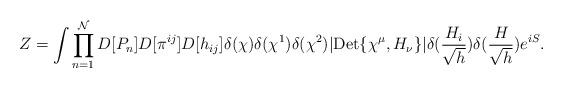
LaTeX: \begin{align*}Z= \int \prod_{n=1}^{\mathcal{N}}D[P_n]D[\pi^{ij}] D[h_{ij}] \delta(\chi)\delta(\chi^1)\delta(\chi^2)|{\rm Det}\{\chi^\mu, H_\nu\}|\delta(\frac{H_i}{\sqrt{h}})\delta(\frac{H}{\sqrt{h}}) e^{i S}.\end{align*}